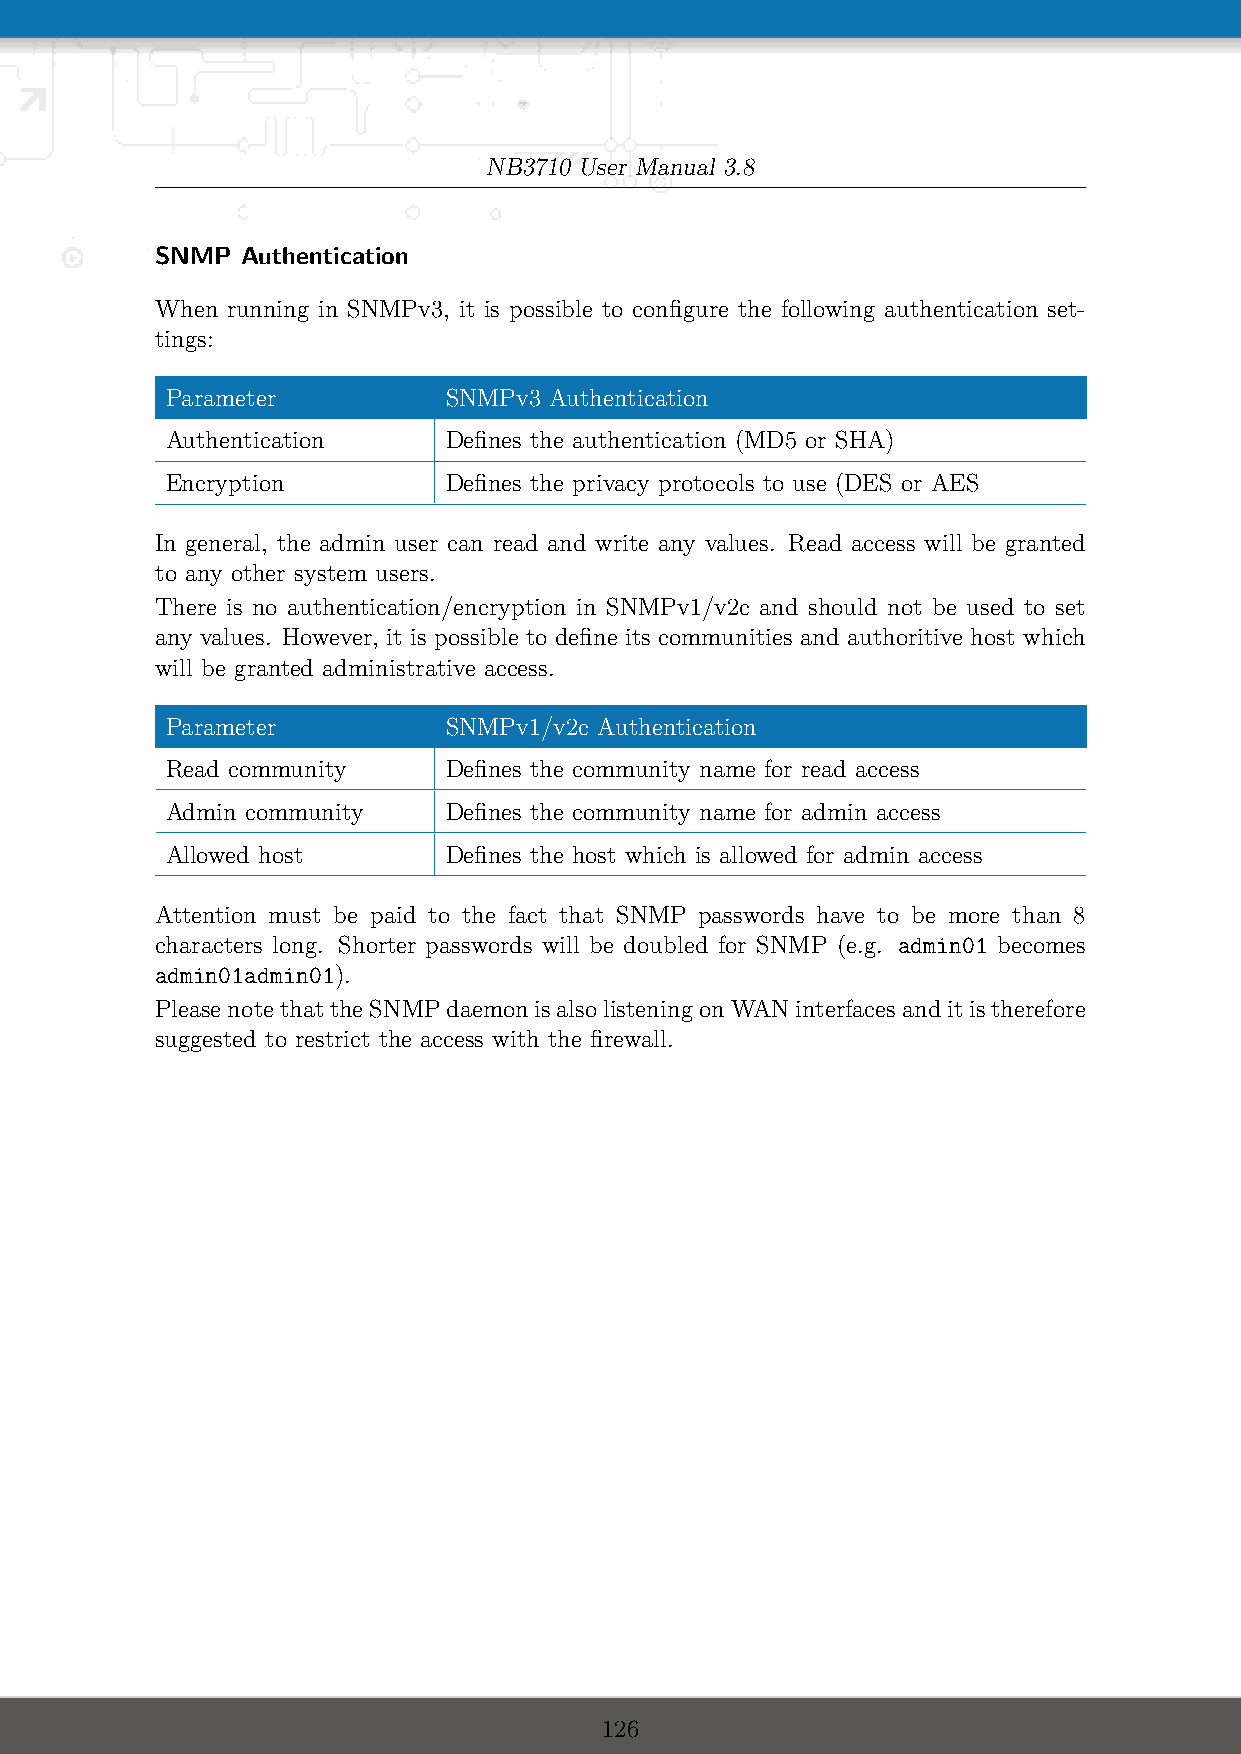
NB3710 User Manual 3.8
 SNMP  Authentication
 When running in SNMPv3, it is possible to configure the following authentication set-
 tings:
 Parameter         SNMPv3 Authentication
 Authentication    Defines the authentication (MD5 or SHA)
 Encryption        Defines the privacy protocols to use (DES or AES
 In general, the admin user can read and write any values. Read access will be granted
 to any other system users.
 There is no authentication/encryption in SNMPv1/v2c and should not be used to set
 any values. However, it is possible to define its communities and authoritive host which
 will be granted administrative access.
 Parameter         SNMPv1/v2c Authentication
 Read community    Defines the community name for read access
 Admin community   Defines the community name for admin access
 Allowed host      Defines the host which is allowed for admin access
 Attention must be paid to the fact that SNMP passwords have to be more than 8
 characters long. Shorter passwords will be doubled for SNMP (e.g. admin01 becomes
 admin01admin01).
 PleasenotethattheSNMPdaemonisalsolisteningonWANinterfacesanditistherefore
 suggested to restrict the access with the firewall.
 126